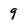
Character: 9